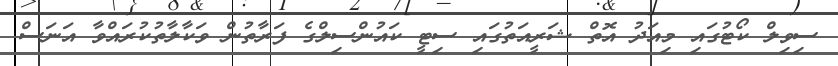
ސިވިލް ކޯޓުގައި މިއަދު އޮތް ޝަރީއަތުގައި ސިޓީ ކައުންސިލްގެ ފަރާތުން ވަކާލާތުކުރައްވާ އަނަސް